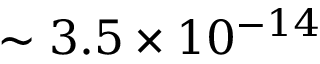
\sim 3 . 5 \times 1 0 ^ { - 1 4 }